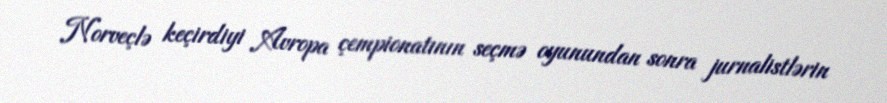
Norveçlə keçirdiyi Avropa çempionatının seçmə oyunundan sonra jurnalistlərin